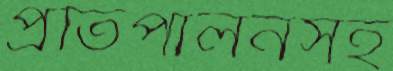
প্রতিপালনসহ